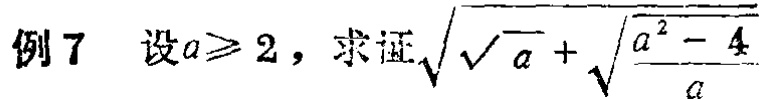
例7 设\(a\geqslant 2\)，求证\(\sqrt{\sqrt{a}+\sqrt{\frac{a^{2} - 4}{a}}}\)